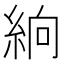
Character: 𥿧